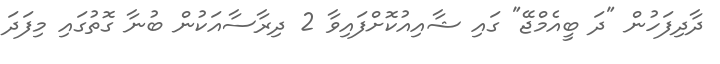
ދާދިފަހުން "ދަ ބީއެމްޖޭ" ގައި ޝާއިއުކޮށްފައިވާ 2 ދިރާސާއަކުން ބުނާ ގޮތުގައި މިފަދަ